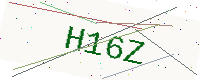
Text: H16Z